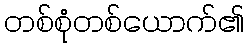
တစ်စုံတစ်ယောက်၏